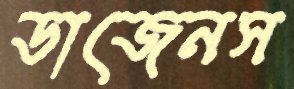
ডাজেনস